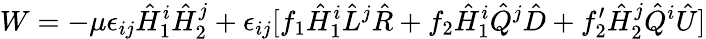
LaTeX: W=-\mu\epsilon_{ij}\hat{H}_{1}^{i}\hat{H}_{2}^{j}+\epsilon_{ij}[f_{1}\hat{H}_{1}^{i}\hat{L}^{j}\hat{R}+f_{2}\hat{H}_{1}^{i}\hat{Q}^{j}\hat{D}+f_{2}^{\prime}\hat{H}_{2}^{j}\hat{Q}^{i}\hat{U}]